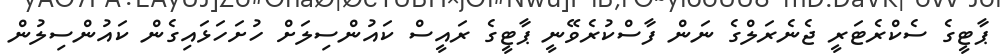
ޕާޓީގެ ސެކްރެޓަރީ ޖެނެރަލްގެ ނަން ފާސްކުރެވޭނީ ޕާޓީގެ ރައީސް ކައުންސިލަށް ހުށަހަޅައިގެން ކައުންސިލުން